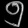
Digit: ၅